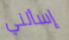
إسألني